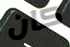
كان